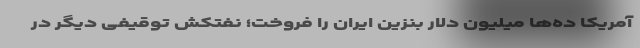
آمریکا ده‌ها میلیون دلار بنزین ایران را فروخت؛ نفتکش توقیفی دیگر در